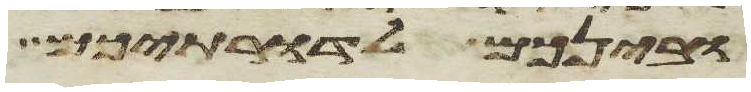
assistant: ובינכם לדרתיכם